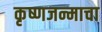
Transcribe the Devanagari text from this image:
कृष्णजन्माचा